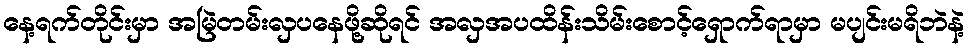
နေ့ရက်တိုင်းမှာ အမြဲတမ်းလှပနေဖို့ဆိုရင် အလှအပထိန်းသိမ်းစောင့်ရှောက်ရာမှာ မပျင်းမရိဘဲနဲ့